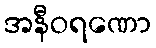
အနီဝရဏော